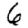
Digit: 6